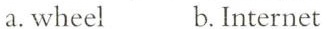
a. wheel b. Internet